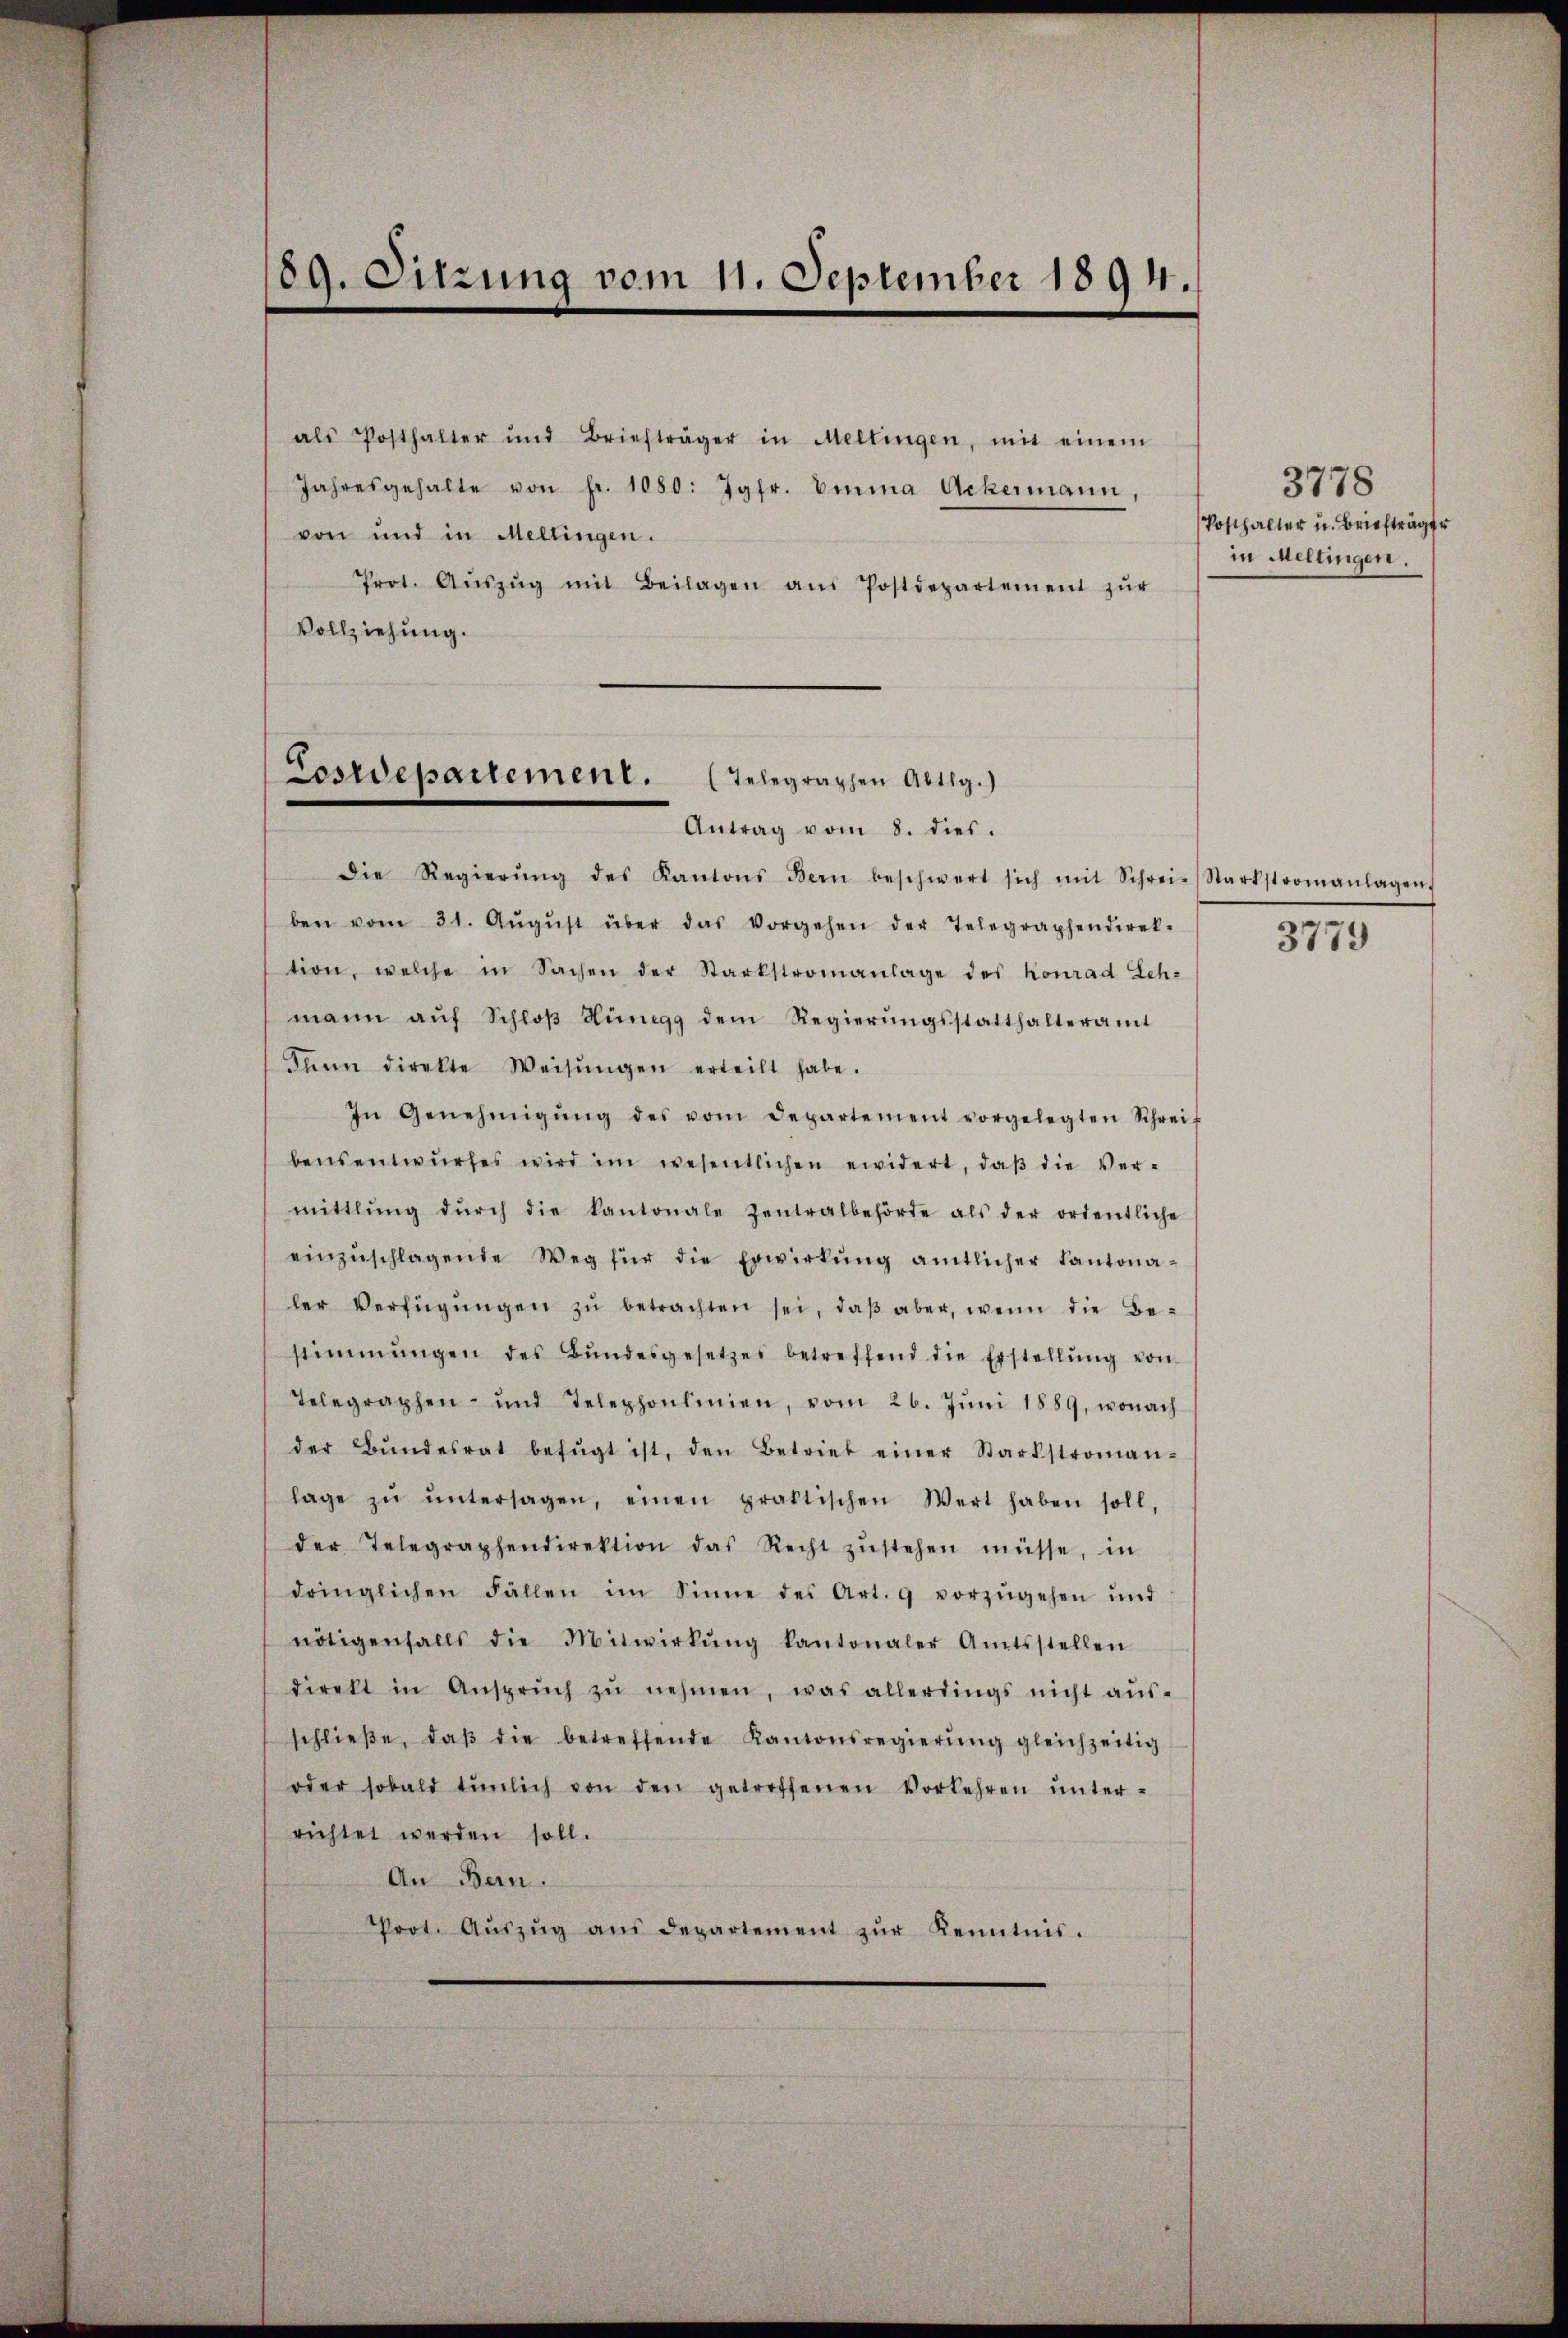
89. Sitzung vom 11. September 1894.

als Posthalter und Briefträger in Mellingen, mit einem
Jahresgehalte von fr. 1080: Jgfr. Emma Ackermann,
von und in Mellingen.
Prot. Aŭszŭg mit Beilagen aŭs Postdepartement zŭr
Vollziehung.

Cosrepartement. (Telegraphen Abtlg.)
Antrag vom 8. dies.

Die Regierŭng des Kantons Bern beschwert sich mit Schrei-Starkstromanlagen,
ben vom 31. Aŭgŭst über das Vorgehen der Telegraphendiret. 3774
tion, welche in Sachen der Starkstromanlage des Konrad Leh-
mann aŭf Schloß Hünigg dem Regierungsstatthalteramt
Dann direkte Weisŭngen erteilt habe.
In Genehmigŭng des vom Departement vorgelegten Schreif
bensentwŭrfes wird im wesentlichen ewidert, daβ die Ver-
mittlung dŭrch die kantonale Zentralbehörde als der ordentliche
einzŭschlagende Weg für die Erwirkŭng amtlicher Kantona-
ler Verfügŭngen zŭ betrachten sei, daβ aber, wenn die Be-
stimmungen des Bŭndesgesetzes betreffend die Erstellŭng von
Telegraphen- und Telephonlinien, vom 26. Jŭni 1889, wonach
der Bŭndesrat befŭgt ist, den Betrieb einer Starkstroman-
lage zŭ ŭntersagen, einen praktischen Wert haben soll,
der Telegraphendirektion das Recht zŭstehen müsse, in
dringlichen Fällen im Sinne des Art. 9 vorzŭgehen und
nötigenfalls die Mitwirkŭng kantonaler Amtsstellen
direkt in Ansprŭch zŭ nehmen, was allerdings nicht aŭs-
schlieβe, daβ die betreffende Kantonsregierŭng gleichzeitig
oder sobald tŭnlich von den getreffenen Vorkehren ŭnter-
richtet werden soll.
An Bern.
Prot. Aŭszŭg aŭs departement zŭr Kenntnis.

3778
Posthalter u. Briefträger
in Meltingen.